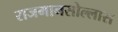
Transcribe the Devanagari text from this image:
राजमानसोल्लास